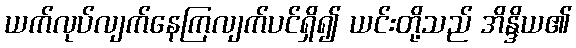
ယက်လုပ်လျက်နေကြလျက်ပင်ရှိ၍ ယင်းတို့သည် အိန္ဒိယ၏